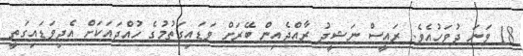
18 ވަނަ ދުވަހުއެވެ. ރައީސް ނަޝީދު ރާއްޖެއިން ބޭރަށް ވަޑައިގަތުމުގެ ހުއްދައަކަށް އެދިވަޑައިގަތީ